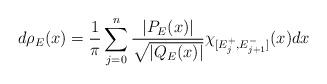
LaTeX: \begin{align*}d\rho_E(x) = \frac{1}{\pi}\sum_{j=0}^n \frac{|P_E(x)|}{\sqrt{|Q_E(x)|}}\chi_{[E_j^+,E_{j+1}^-]}(x)dx\end{align*}